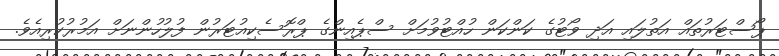
ޕޯސްޓަރުތައް އަތުލައި އަދި ވޯޓުގެ ކަންކަން ހުއްޓުވުމަށް ސްޕެއިންގެ ޕްރޮސެކިއުޓަރުން ފުލުހުންނަށް އަމުރުކުރިއެވެ.